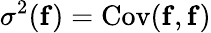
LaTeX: \sigma^{2}(\mathbf{f})=\mathrm{Cov}(\mathbf{f},\mathbf{f})